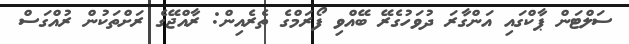
ސަލްޓަން ޕާކްގައި އަންގާރަ ދުވަހުގެރޭ ބޭއްވި ފޯރަމްގެ ތެރެއިން: ރާއްޖޭގެ ރަށްތަކުން ރުއްގަސް